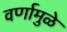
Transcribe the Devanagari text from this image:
वर्णामुळे